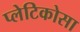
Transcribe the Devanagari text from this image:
प्लेटिकोसा